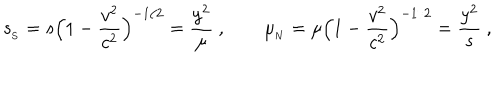
{ s _ { _ \mathrm { S } } } = s \Big ( 1 - { \frac { { v } ^ { 2 } } { c ^ { 2 } } } \Big ) ^ { - 1 / 2 } = { \frac { y ^ { 2 } } { \mu } } \ , \qquad { \mu _ { _ \mathrm { N } } } = \mu \Big ( 1 - { \frac { { v } ^ { 2 } } { c ^ { 2 } } } \Big ) ^ { - 1 / 2 } = { \frac { y ^ { 2 } } { s } } \ ,